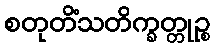
စတုတိံသတိက္ခတ္တုဉ္စ